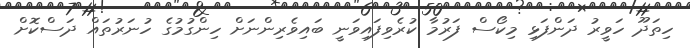
ހިތަދޫ ހަވީރު ދަންފަޅި މިކޯސް ފަރުމާ ކުރެވިފައިވަނީ ބައިވެރިންނަށް ހިންގުމުގެ ހުނަރުތައް ދަސްކޮށް